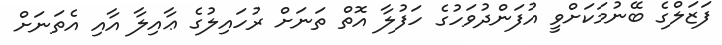
ފަޒަލްގެ ބޭނުމަކަށްވީ އުފަންދުވަހުގެ ހަފުލާ އޮތް ތަނަށް ރުހައިލުގެ ޢާއިލާ އާއި އެތަނަށް